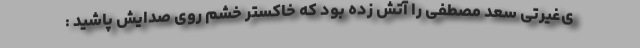
ی‌غیرتی سعد مصطفی را آتش زده بود که خاکستر خشم روی صدایش پاشید :